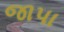
જાપા